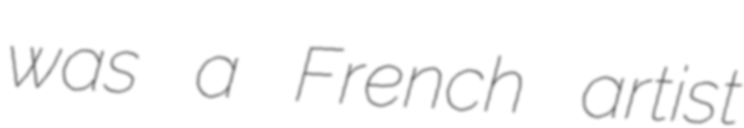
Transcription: was a French artist